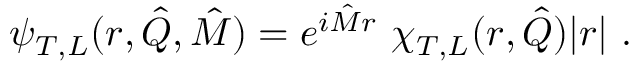
\psi _ { T , L } ( r , \hat { Q } , \hat { M } ) = e ^ { i \hat { M } r } \ \chi _ { T , L } ( r , \hat { Q } ) | r | \ .